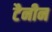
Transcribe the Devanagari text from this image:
टैनीन